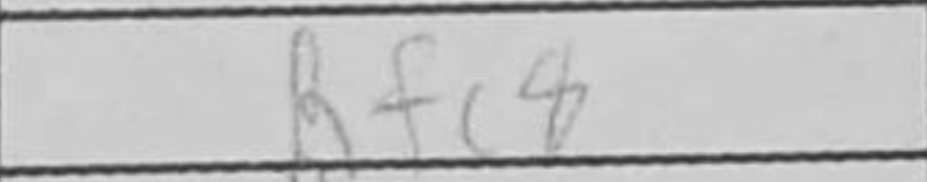
Transcription: Rfc8